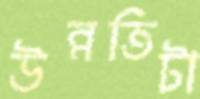
উন্নতিটা